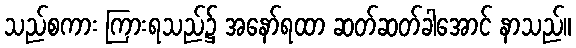
သည်စကား ကြားရသည်၌ အနော်ရထာ ဆတ်ဆတ်ခါအောင် နာသည်။